Bréfritari: Ragnheiður Daníelsdóttir
Viðtakandi: Daníel Halldórsson og Jakobína Magnúsdóttir
Dagsetning: A-1891-10-08
Skrifað á: Skeggjastöðum  N-Múl. ?
Ragnheiður var dóttir Daníels og Jakobínu

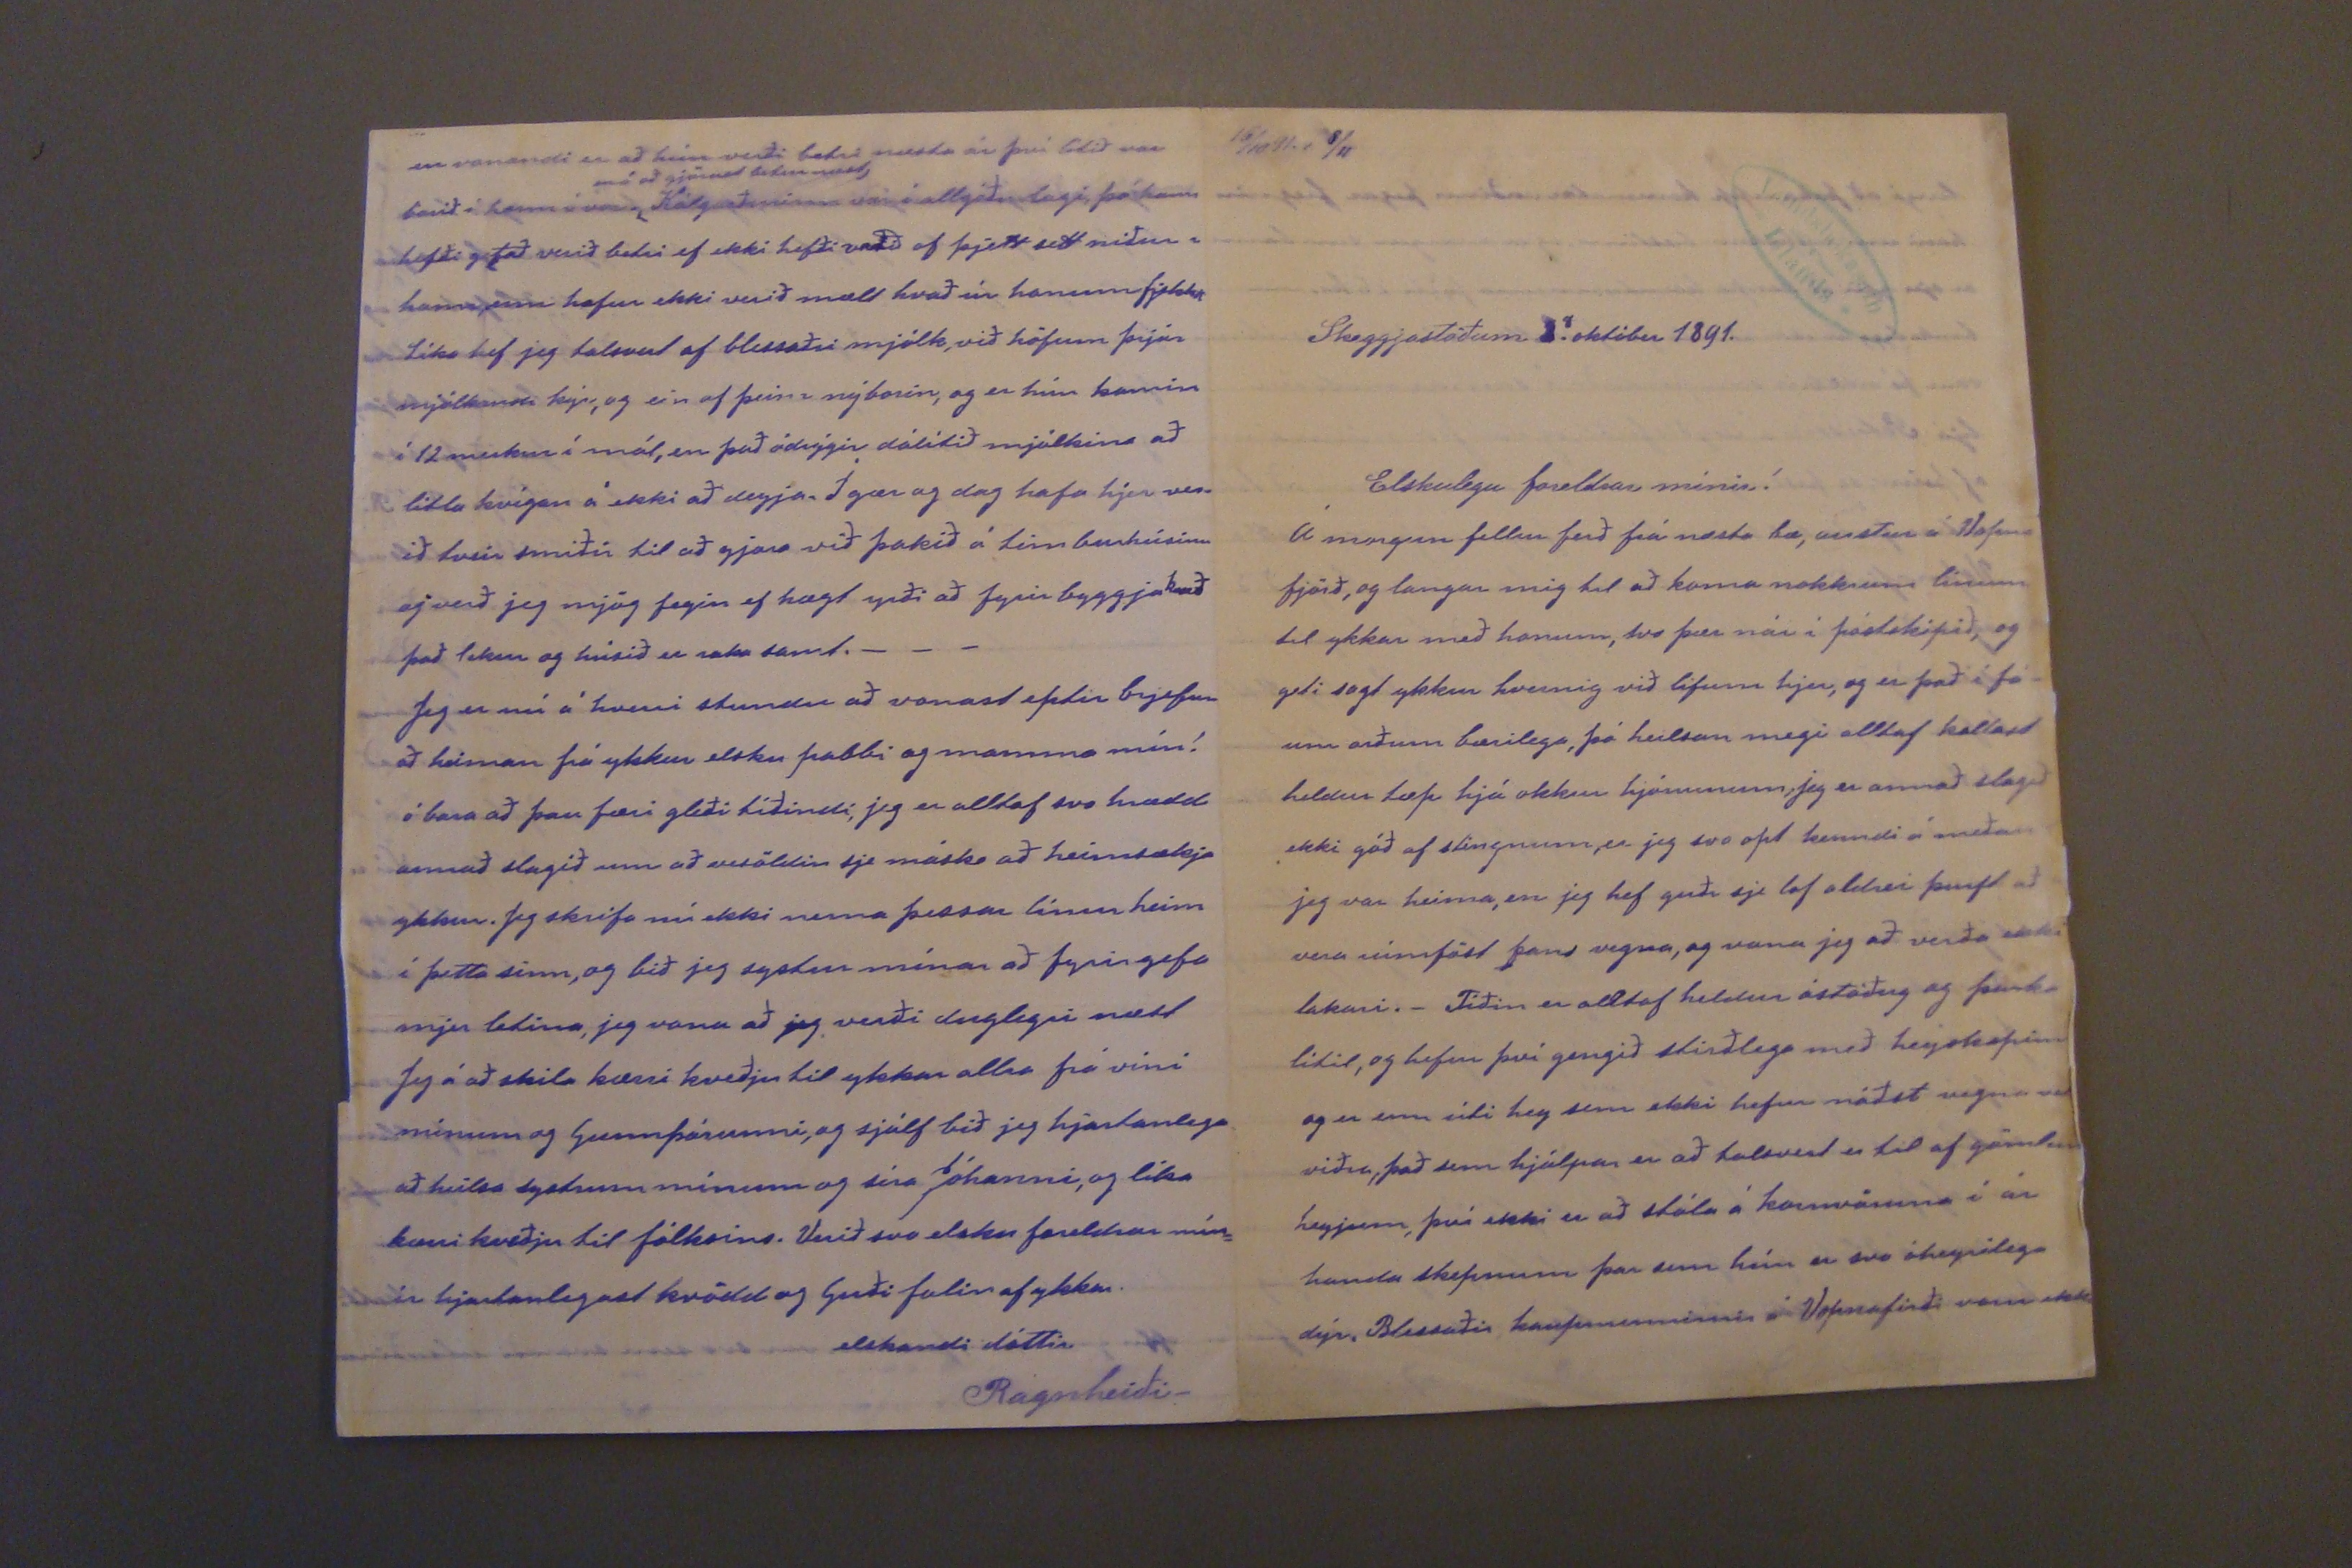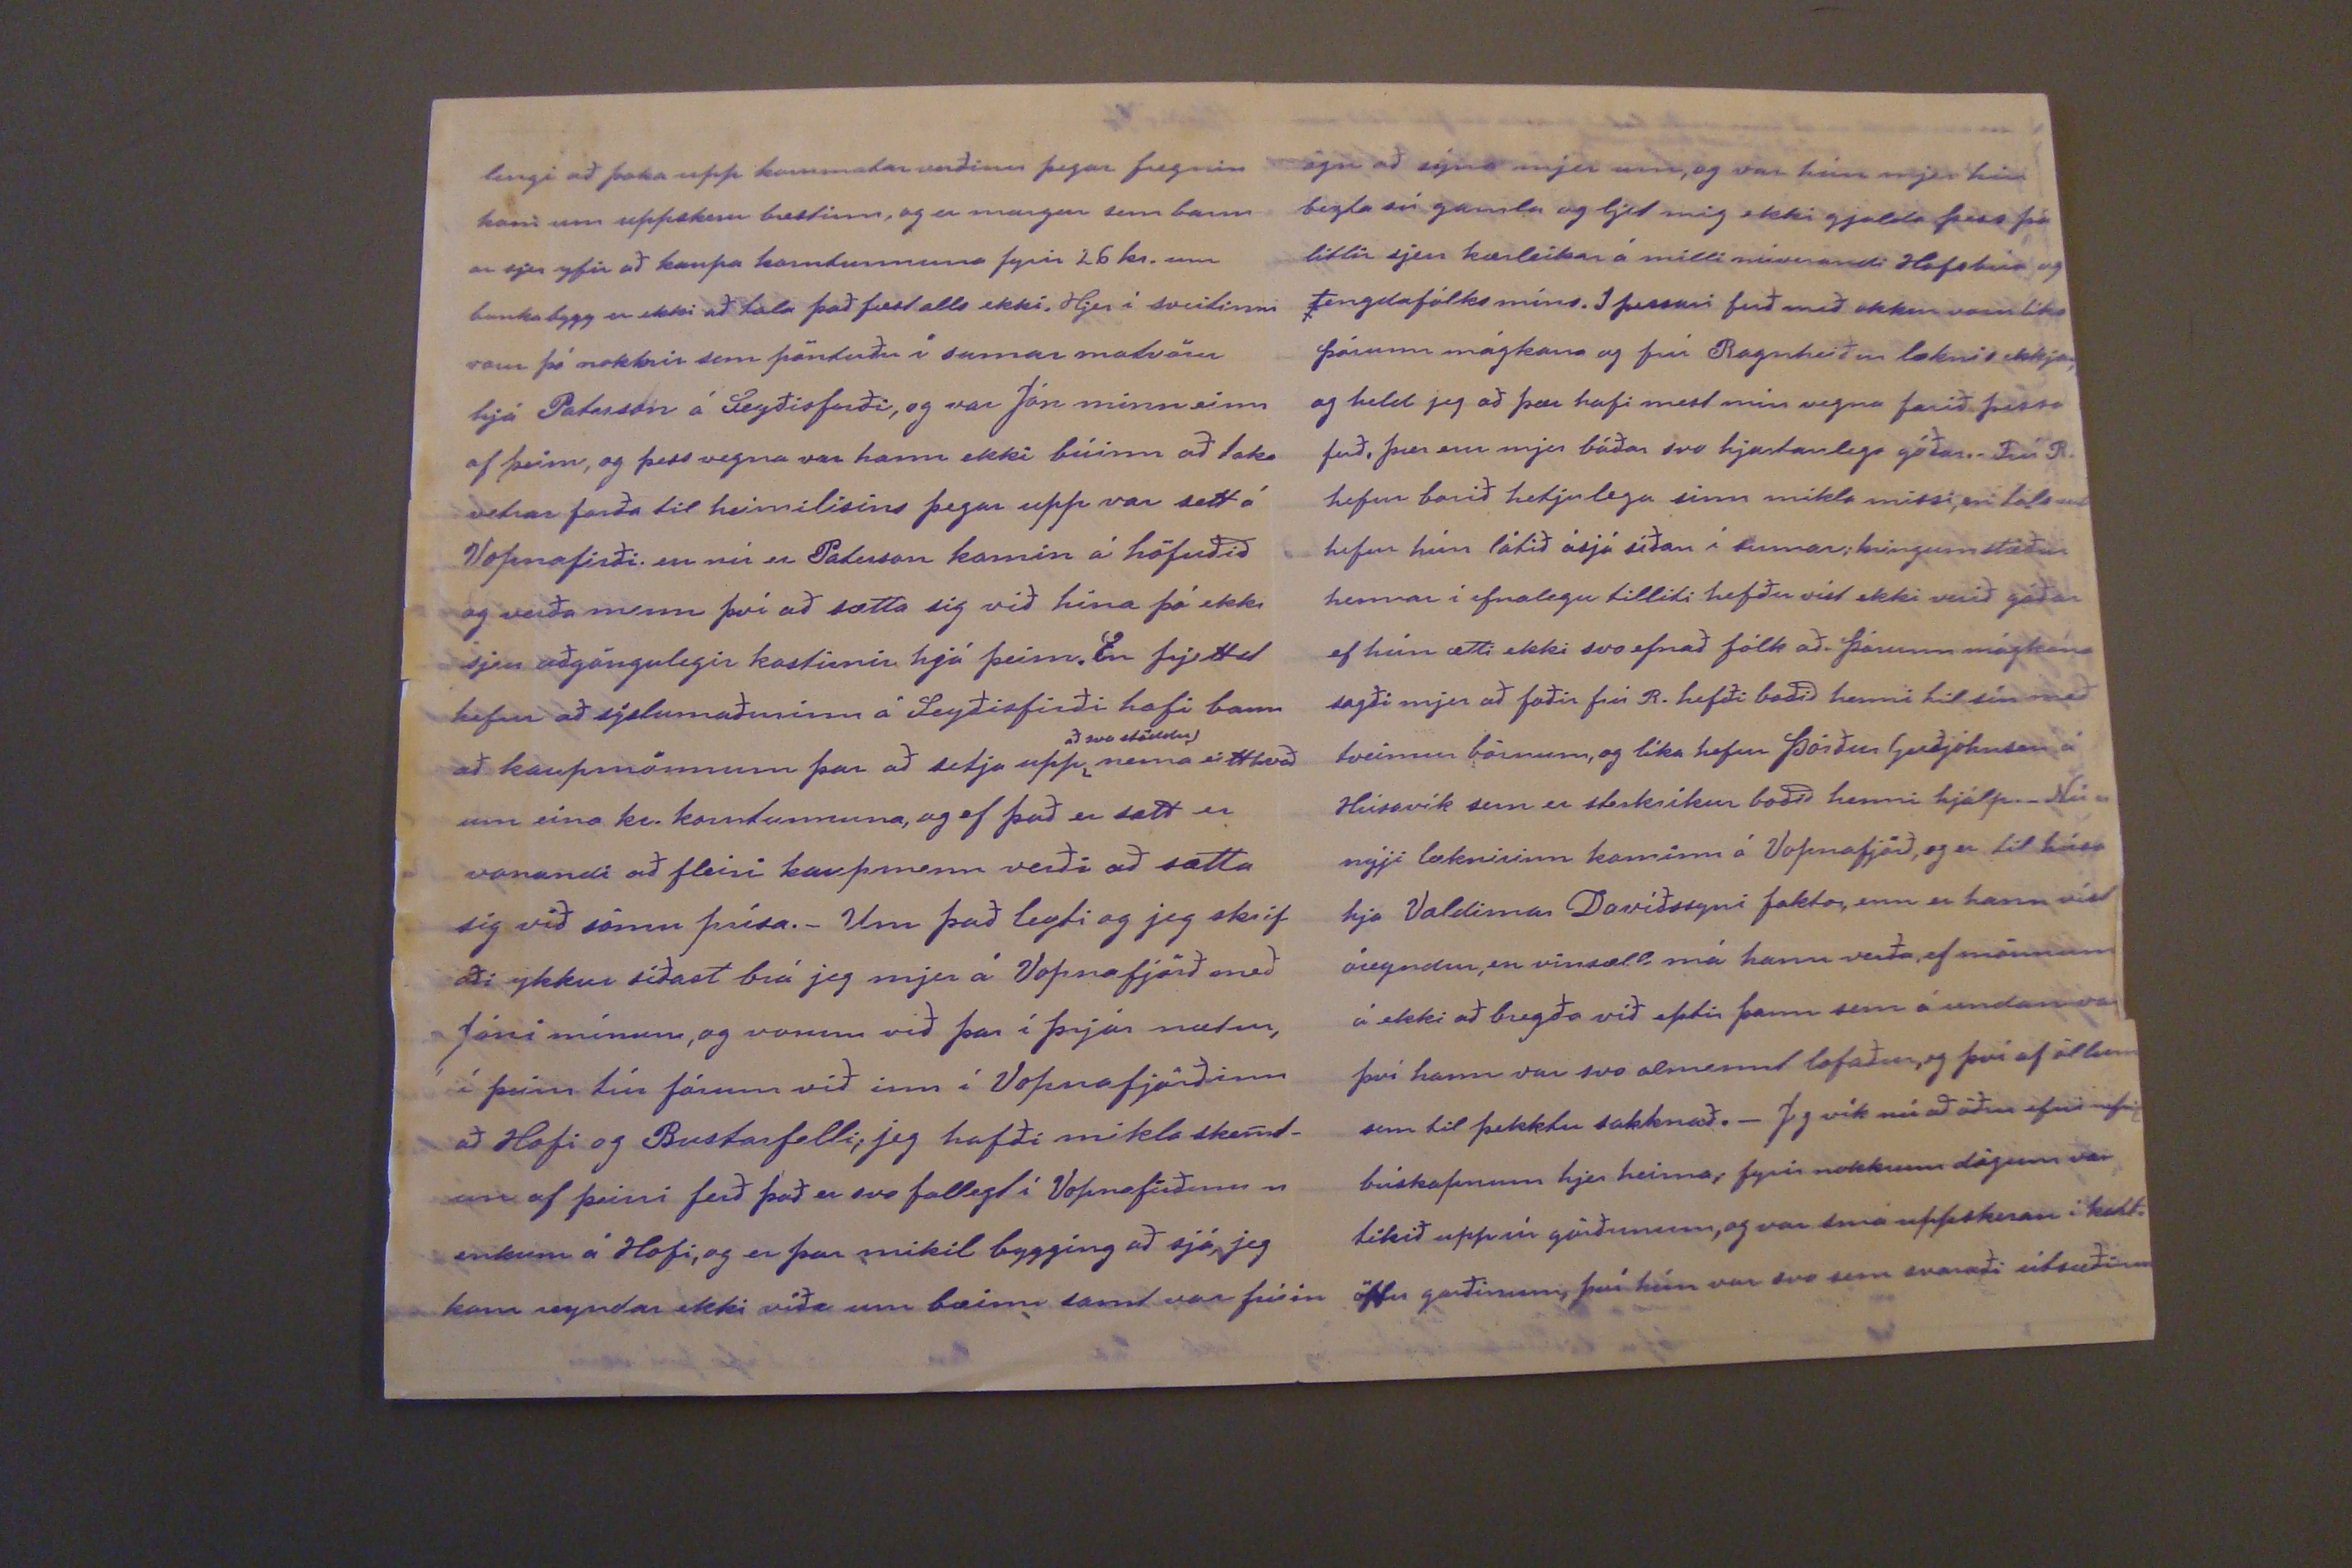

15/10 91. s 8/11
Skeggjastöðum 8. október 1891
Elskulegu foreldrar mínir!
Á morgun fellur ferð frá næsta bæ, austur á Vopna fjörð, og langar mig til að koma nokkrum línum til ykkar með honum, svo þær nái í póstskipið, og geti sagt ykkur hvernig við lifum hjer, og er það í fá- um orðum bærilega, þó heilsan megi alltaf kallast heldur tæp hjá okkur hjónunum, jeg er annað slagið ekki góð af stingnum, er jeg svo opt kenndi á meðan jeg var heima, en jeg hef guði sje lof aldrei þurft að vera rúmföst hans vegna, og vona jeg að verða ekki lakari._ Tíðin er alltaf heldur óstöðug og þurka lítil, og hefur því gengið stirðlega með heyskapinn og er enn úti hey sem ekki hefur náðst vegna
v
viðra, það sem hjálpar er að talsvert er til af gömlum heyjum, því ekki er að stóla á kornvöruna í ár handa skepnunum þar sem hún er svo óheyrilega dýr. Blessaðir kaupmennirnir á Vopnafirði voru ekki
lengi að þoka upp kornmatar verðinu þegar fregnin kom um uppskeru brestinn, og er margur sem bann ar sjer yfir að kaupa korntunnuna fyrir 26 kr. enn
bunkabygg
er ekki að tala það fæst alls ekki. Hjer í sveitinni voru þó nokkrir sem pöntuðu í sumar matvörn hjá
Paterson
á Seyðisfirði, og var Jón minn einn af þeim, og þess vegna var hann ekki búinn að taka vetrarforða til heimilisins þegar upp var sett á Vopnafirði en nú er Paterson komin á höfuðið og verða menn því að sætta sig við hina þó ekki sjeu aðgöngulegir kostirnir hjá þeim. En frjettst hefur að sýslumaðurinn á Seyðisfirði hafi bann að kaupmönnum þar að setja upp
að svo stöddu
nema eitthvað um eins kr. korntunnuna, og ef það er sett er vonandi að fleiri kaupmenn verði að sætta sig við sömu prísa._ Um það leyti og jeg skrif aði ykkur síðast brá jeg mjer á Vopnafjörð með Jóni mínum, og vorum við þar í þrjár nætur, í þeim túr fórum við inn í Vopnafjörðinn að Hofi og Bustarfelli; jeg hafði mikla skem- un af þeirri ferð það er svo fallegt í Vopnafirðinum enkum á Hofi, og er þar mikil bygging að sjá, jeg kom reyndar ekki víða um bæinn samt var frúin
ögn að sýna mjer um, og var hún mjer hin bezta sú gamla og ljet mig ekki gjalda þess þó litlir sjeu kærleikar á milli núverandi Hofsbúa og tengdafólks míns. I þessari ferð með okkur voru l´ka þórunn mágkona og frú Ragnheiður læknisekkja; og held jeg að þær hafi mest mín vegna farið þessa ferð, þær eru mjer báðar svo hjartanlega góðar._ Frú R. hefur borið hetjulega sinn mikla missi, en talsvert hefur hún látið á sjá síðan í sumar; kringumstæður hennar í efnalegu tilliti hefðu víst ekki verið góðar ef hún ætti ekki svo efnað fólk að. Þórunn mágkona sagði mjer að faðir frú R. hefði boðið henni til sín með tveimur börnum, og líka hefur Þórður Guðjóhnsen á Húsavík sem er sterkríkur boðið henni hjálp._ Nú er nýji læknirinn kominn á Vopnafjörð, og er til húsa hja Valdimar Davíðssyni fakotr, enn er hann víst óreyndur, en vinsæll má hann verða, ef mönnum á ekki að bregða við eptir þann sem á undan var því hann var svo almennt lofaður, og því af öllum sem til þekktu sakknað._ Jeg vík nú að öðru efni nefnil. búskapnum hjer heima; fyrir nokkrum dögum var tékið upp úr görðunum, og var smá uppskeran í kart= öflu garðinum, því hún var svo sem svaraði útsæðinu
en vonandi er að hún verði betri næsta ár því lítið var borið á hann í vor
má að gjörast betur næst
Kálgarðurinn var í allgóðu lagi, þó hann hefði getað verið betri ef ekki hefði verið of þjett sett niður í hann, sem hefur ekki verið mælt hvað úr honum
fjekkst
Líka hef jeg talsvert af blessaðri mjólk, við höfum þrjár mjólkandi kýr, og ein af þeim nýborin, og er hún komin í 12 merkur í mál, en það ódrýgir dálítið mjólkina að litla kvígan á ekki að deyja. Í gær og dag hafa hjer ver ið tveir smiðir til að gjora við þakið á timburhúsinu og verð jeg mjög fegin ef hagst yrði að fyrirbyggja
hvað
það tekur og húsið er raka samt._ _ _ Jeg er nú á hverri stundu að vonast eptir brjefum að heiman frá ykkur elsku pabbi og mamma mín! ó bara að þau færi gleði tíðindi; jeg er alltaf svo hrædd annað slagið um að veröldin sje máske að heimsækja ykkur. Jeg skrifa nú ekki nema þessar línur heim í þetta sinn, og bið jeg systur mínar að fyrirgefa mjer letina, jeg vona að jeg verði duglegri næst Jeg á að skila kærri kveðju til ykkar allra frá vini mínum og Gunnþórunni, og sjálf bið jeg hjartanlega að heilsa systrum mínum og síra Jóhanni, og líka kærri kveðju til fólksins. Verið svo elsku foreldrar mín= ir hjartanlegast kvödd og Guði falin af ykkar elskandi dóttir
Ragnheiði._